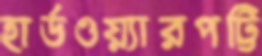
হার্ডওয়্যারপট্টি